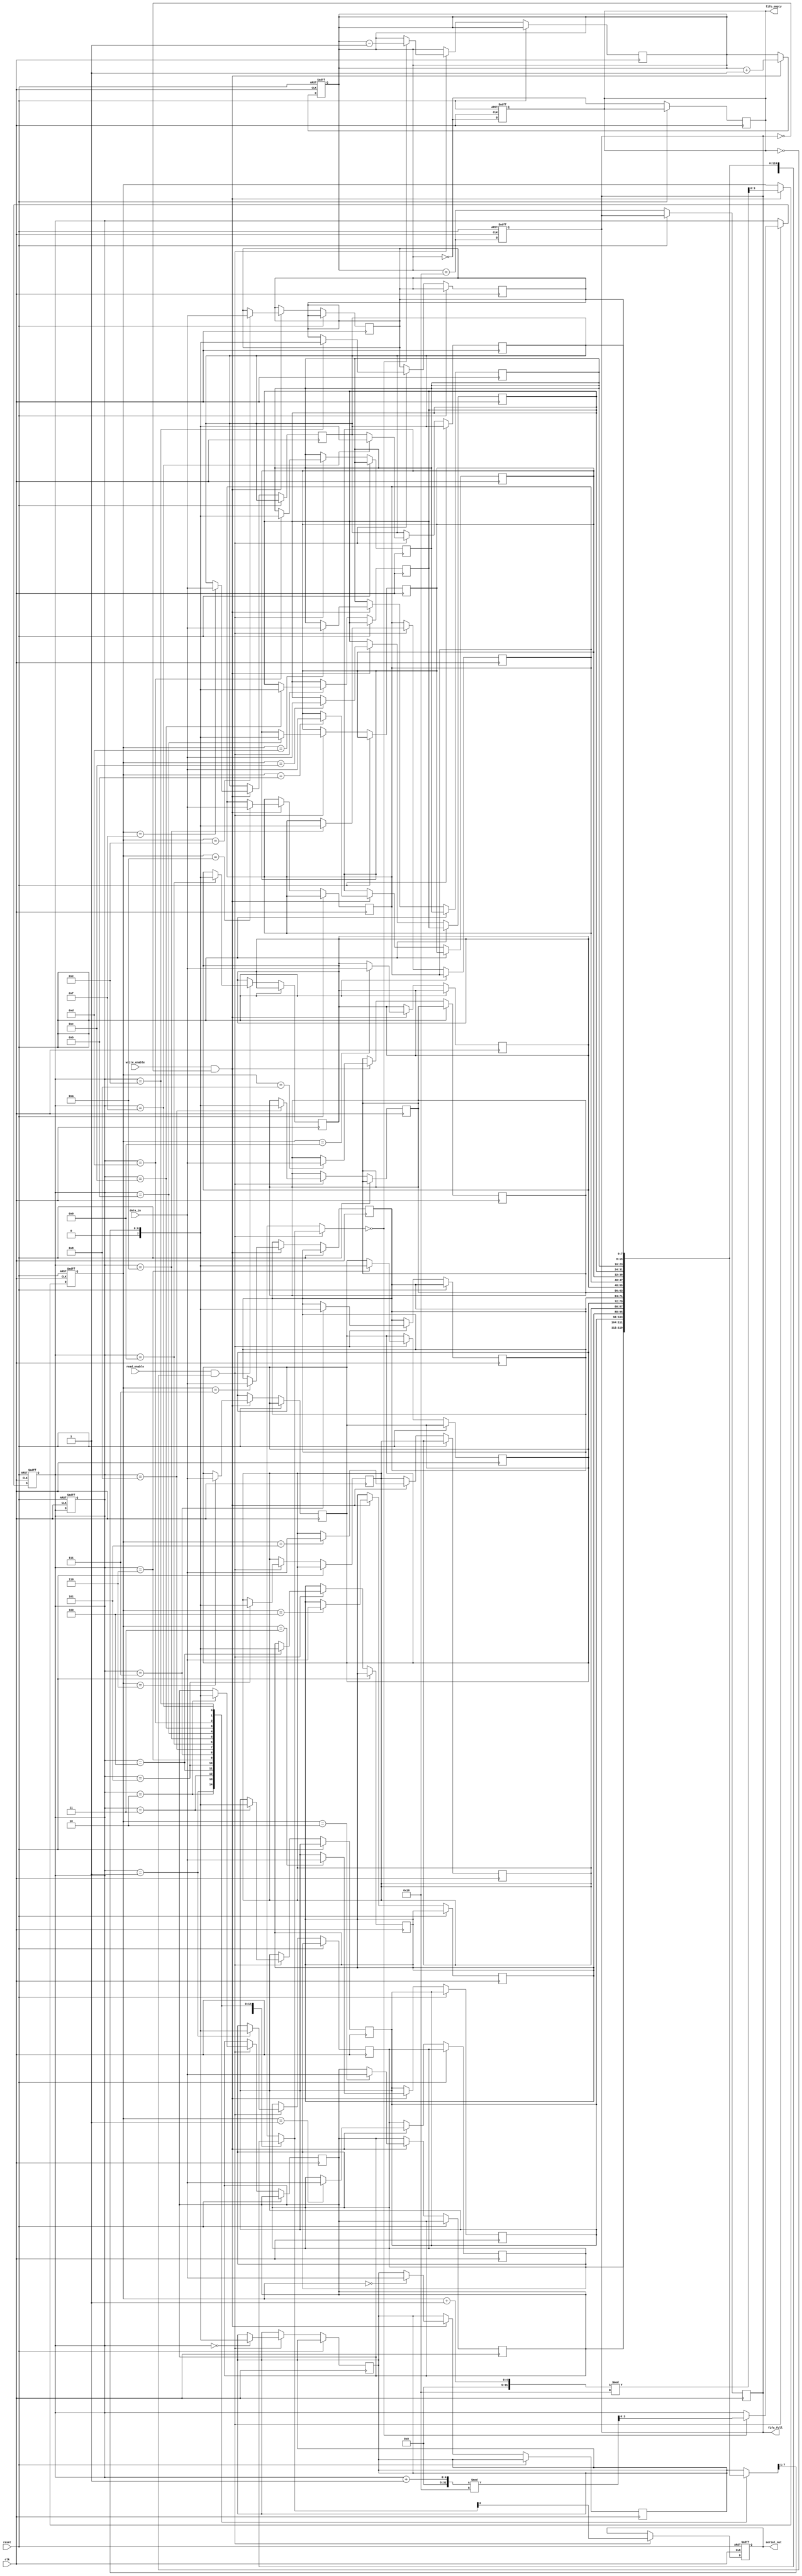
module FIFO_PISO #(
    parameter DATA_WIDTH = 8,   // Width of the data input
    parameter FIFO_DEPTH = 16    // Depth of the FIFO
) (
    input wire clk,              // Clock signal
    input wire reset,            // Reset signal
    input wire write_enable,     // Enable signal for writing data
    input wire read_enable,      // Enable signal for reading data
    input wire [DATA_WIDTH-1:0] data_in, // Parallel data input
    output reg serial_out,       // Serial output
    output reg fifo_empty,       // FIFO empty flag
    output reg fifo_full         // FIFO full flag
);

    // FIFO storage
    reg [DATA_WIDTH-1:0] fifo_mem [0:FIFO_DEPTH-1];
    reg [3:0] write_ptr;         // Write pointer
    reg [3:0] read_ptr;          // Read pointer
    reg [4:0] count;             // Count of elements in FIFO

    // Initialize FIFO
    initial begin
        write_ptr = 0;
        read_ptr = 0;
        count = 0;
        fifo_empty = 1;
        fifo_full = 0;
    end

    // Write Logic
    always @(posedge clk or posedge reset) begin
        if (reset) begin
            write_ptr <= 0;
            read_ptr <= 0;
            count <= 0;
            fifo_empty <= 1;
            fifo_full <= 0;
        end else begin
            if (write_enable && !fifo_full) begin
                fifo_mem[write_ptr] <= data_in; // Store data in FIFO
                write_ptr <= (write_ptr + 1) % FIFO_DEPTH; // Circular increment
                count <= count + 1;
            end
            fifo_empty <= (count == 0);
            fifo_full <= (count == FIFO_DEPTH);
        end
    end

    // Read Logic
    always @(posedge clk or posedge reset) begin
        if (reset) begin
            serial_out <= 0;
            read_ptr <= 0;
        end else begin
            if (read_enable && !fifo_empty) begin
                serial_out <= fifo_mem[read_ptr][0]; // Output the LSB (serial out)
                fifo_mem[read_ptr] <= {1'b0, fifo_mem[read_ptr][DATA_WIDTH-1:1]}; // Shift left
                if (fifo_mem[read_ptr] == 0) begin
                    read_ptr <= (read_ptr + 1) % FIFO_DEPTH; // Circular increment
                    count <= count - 1;
                end
            end
            fifo_empty <= (count == 0);
            fifo_full <= (count == FIFO_DEPTH);
        end
    end

endmodule